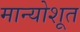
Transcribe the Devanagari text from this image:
मान्योशूत